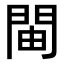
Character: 𫔞